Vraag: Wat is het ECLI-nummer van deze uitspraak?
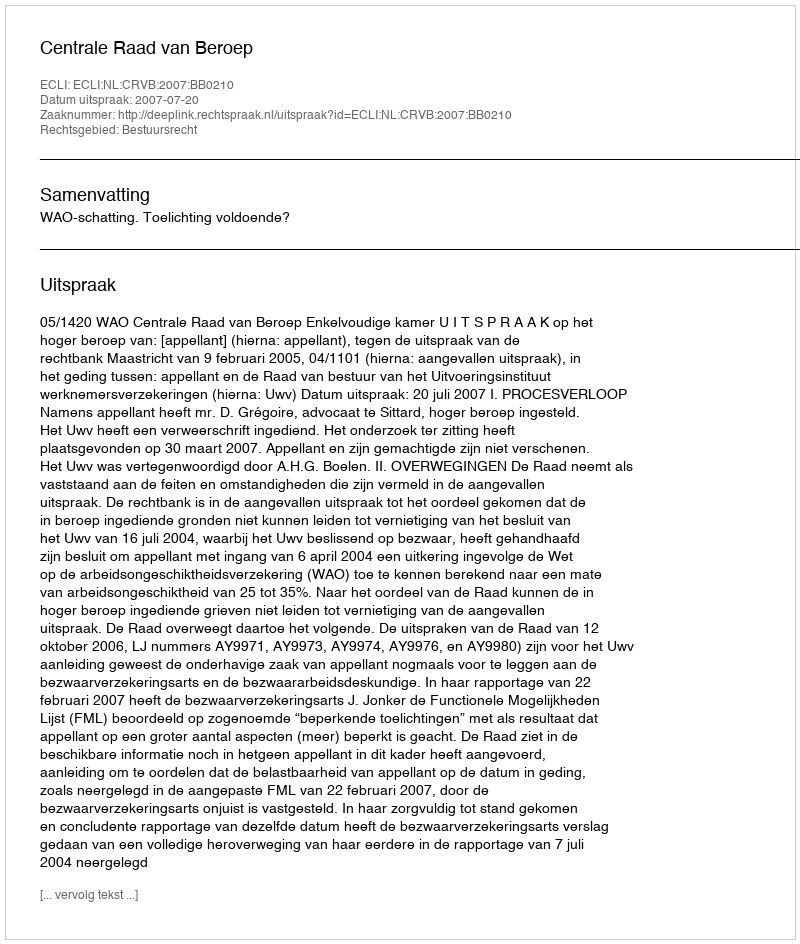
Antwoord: ECLI:NL:CRVB:2007:BB0210